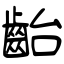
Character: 齝